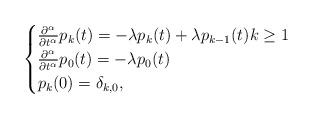
LaTeX: \begin{align*}\begin{cases}\frac{\partial ^{\alpha }}{\partial t^{\alpha }}p_{k}(t)=-\lambda p_{k}(t)+\lambda p_{k-1}(t)k\geq 1 \\\frac{\partial ^{\alpha }}{\partial t^{\alpha }}p_{0}(t)=-\lambda p_{0}(t)\\p_{k}(0)=\delta _{k,0},\end{cases}\end{align*}